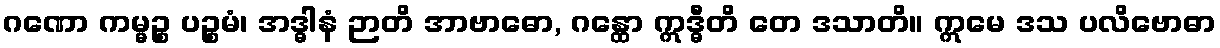
ဂဏော ကမ္မဉ္စ ပဉ္စမံ၊ အဒ္ဓါနံ ဉာတိ အာဗာဓော, ဂန္ထော ဣဒ္ဓီတိ တေ ဒသာတိ။ ဣမေ ဒသ ပလိဗောဓာ